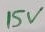
Text: 15V